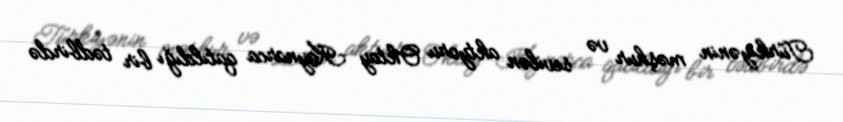
Türkiyənin məşhur və sevilən aktyoru Oktay Kaynarca qatıldığı bir tədbirdə